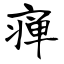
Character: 瘅